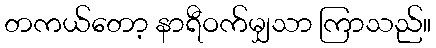
တကယ်တော့ နာရီဝက်မျှသာ ကြာသည်။